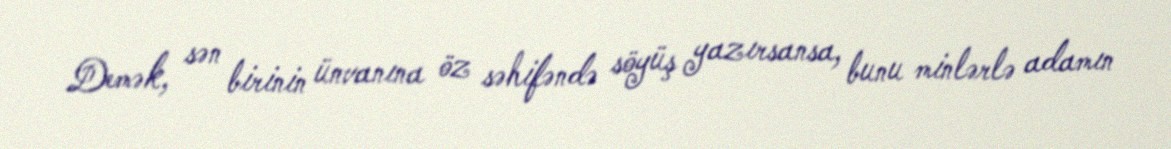
Demək, sən birinin ünvanına öz səhifəndə söyüş yazırsansa, bunu minlərlə adamın